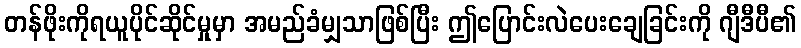
တန်ဖိုးကိုရယူပိုင်ဆိုင်မှုမှာ အမည်ခံမျှသာဖြစ်ပြီး ဤပြောင်းလဲပေးချေခြင်းကို ဂျီဒီပီ၏